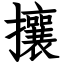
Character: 攘